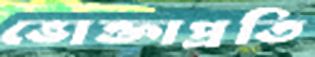
ভোক্তাপ্রতি